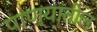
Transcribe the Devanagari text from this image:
पाण्यांतील